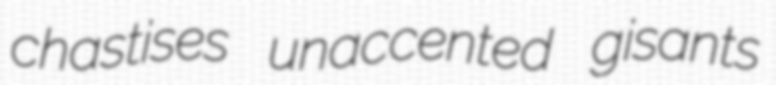
chastises unaccented gisants